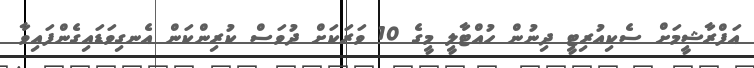
އަފްރާޝީމަށް ސެކިއުރިޓީ ދިނުން ހުއްޓާލީ މީގެ 10 ވަރަކަށް ދުވަސް ކުރިންކަން އެނގިވަޑައިގެންފައިވާ